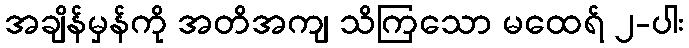
အချိန်မှန်ကို အတိအကျ သိကြသော မထေရ် ၂-ပါး